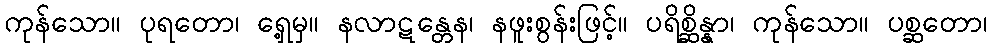
ကုန်သော။ ပုရတော၊ ရှေ့မှ။ နလာဋန္တေန၊ နဖူးစွန်းဖြင့်။ ပရိစ္ဆိန္နာ၊ ကုန်သော။ ပစ္ဆတော၊